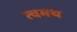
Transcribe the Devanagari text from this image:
त्वमथ